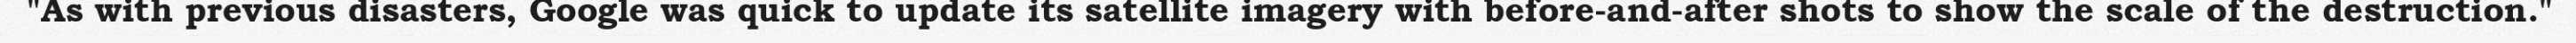
"As with previous disasters, Google was quick to update its satellite imagery with before-and-after shots to show the scale of the destruction."